Annual administration report of the Civil Veterinary Department of India - 1896-1897
Year: 1896
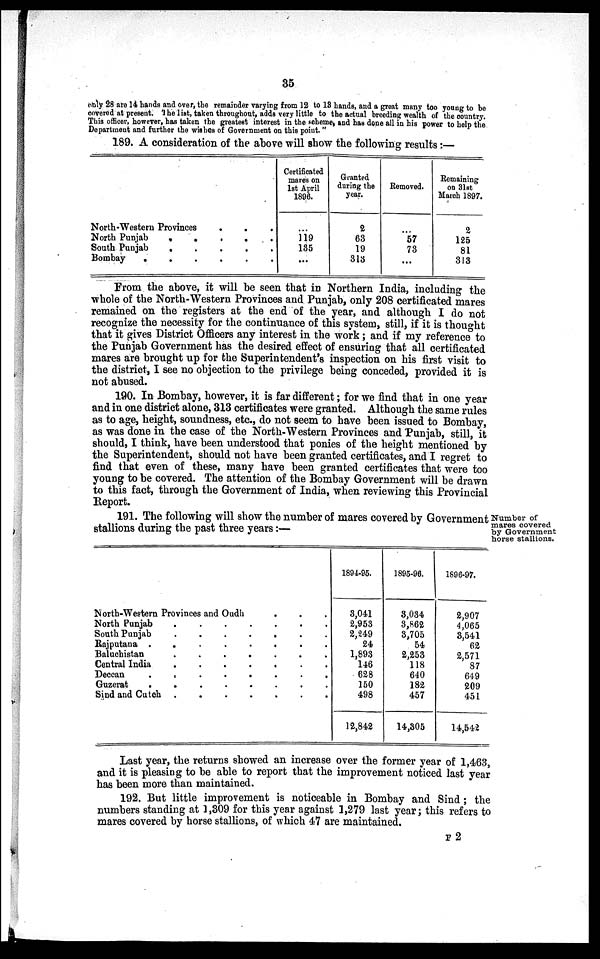
35
only 28 are 14 hands and over, the remainder varying from 12 to 13 hands, and a great many too young to be
covered at present. The list, taken throughout, adds very little to the actual breeding wealth of the country.
This officer, however, has taken the greatest interest in the scheme, and has done all in his power to help the
Department and further the wishes of Government on this point."
189. A consideration of the above will show the following results:—
North-Western Provinces
.
.
.
North Punjab
.
.
.
.
.
South Punjab
.
.
.
.
.
Bombay
.
.
.
.
.
.
Certificated
mares on
1st April
1896.
...
119
135
...
Granted
during the
year.
2
63
19
313
Removed.
...
57
73
...
Remaining
on 31st
March 1897.
2
125
81
313
From the above, it will be seen that in Northern India, including the
whole of the North-Western Provinces and Punjab, only 208 certificated mares
remained on the registers at the end of the year, and although I do not
recognize the necessity for the continuance of this system, still, if it is thought
that it gives District Officers any interest in the work; and if my reference to
the Punjab Government has the desired effect of ensuring that all certificated
mares are brought up for the Superintendent's inspection on his first visit to
the district, I see no objection to the privilege being conceded, provided it is
not abused.
190. In Bombay, however, it is far different; for we find that in one year
and in one district alone, 313 certificates were granted. Although the same rules
as to age, height, soundness, etc., do not seem to have been issued to Bombay,
as was done in the case of the North-Western Provinces and Punjab, still, it
should, I think, have been understood that ponies of the height mentioned by
the Superintendent, should not have been granted certificates, and I regret to
find that even of these, many have been granted certificates that were too
young to be covered. The attention of the Bombay Government will be drawn
to this fact, through the Government of India, when reviewing this Provincial
Report.
Number of
mares covered
by Government
horse stallions.
191. The following will show the number of mares covered by Government
stallions during the past three years:—
North-Western Provinces and Oudh . . .
North Punjab
.
.
.
.
South Punjab
.
.
.
Rajputana .
.
.
.
.
Baluchistan
.
.
.
..
Central India
.
.
.
.
Deccan
.
.
.
.
.
Guzerat
.
.
.
.
.
Sind and Cutch . . . . . .
1894-95.
3,041
2,953
2,249
24
1,893
146
628
150
498
12,842
1895-96.
3,034
3,862
3,705
54
2,253
118
640
182
457
14,305
1896-97.
2,907
4,065
3,541
62
2,571
87
649
209
451
14,542
Last year, the returns showed an increase over the former year of 1,463,
and it is pleasing to be able to report that the improvement noticed last year
has been more than maintained.
192. But little improvement is noticeable in Bombay and Sind; the
numbers standing at 1,309 for this year against 1,279 last year; this refers to
mares covered by horse stallions, of which 47 are maintained.
F 2